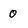
Character: 0